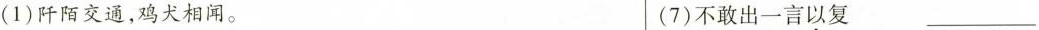
(1)阡陌交通，鸡犬相闻。 (7)不敢出一言以复___